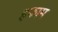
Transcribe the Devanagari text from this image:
हफाम